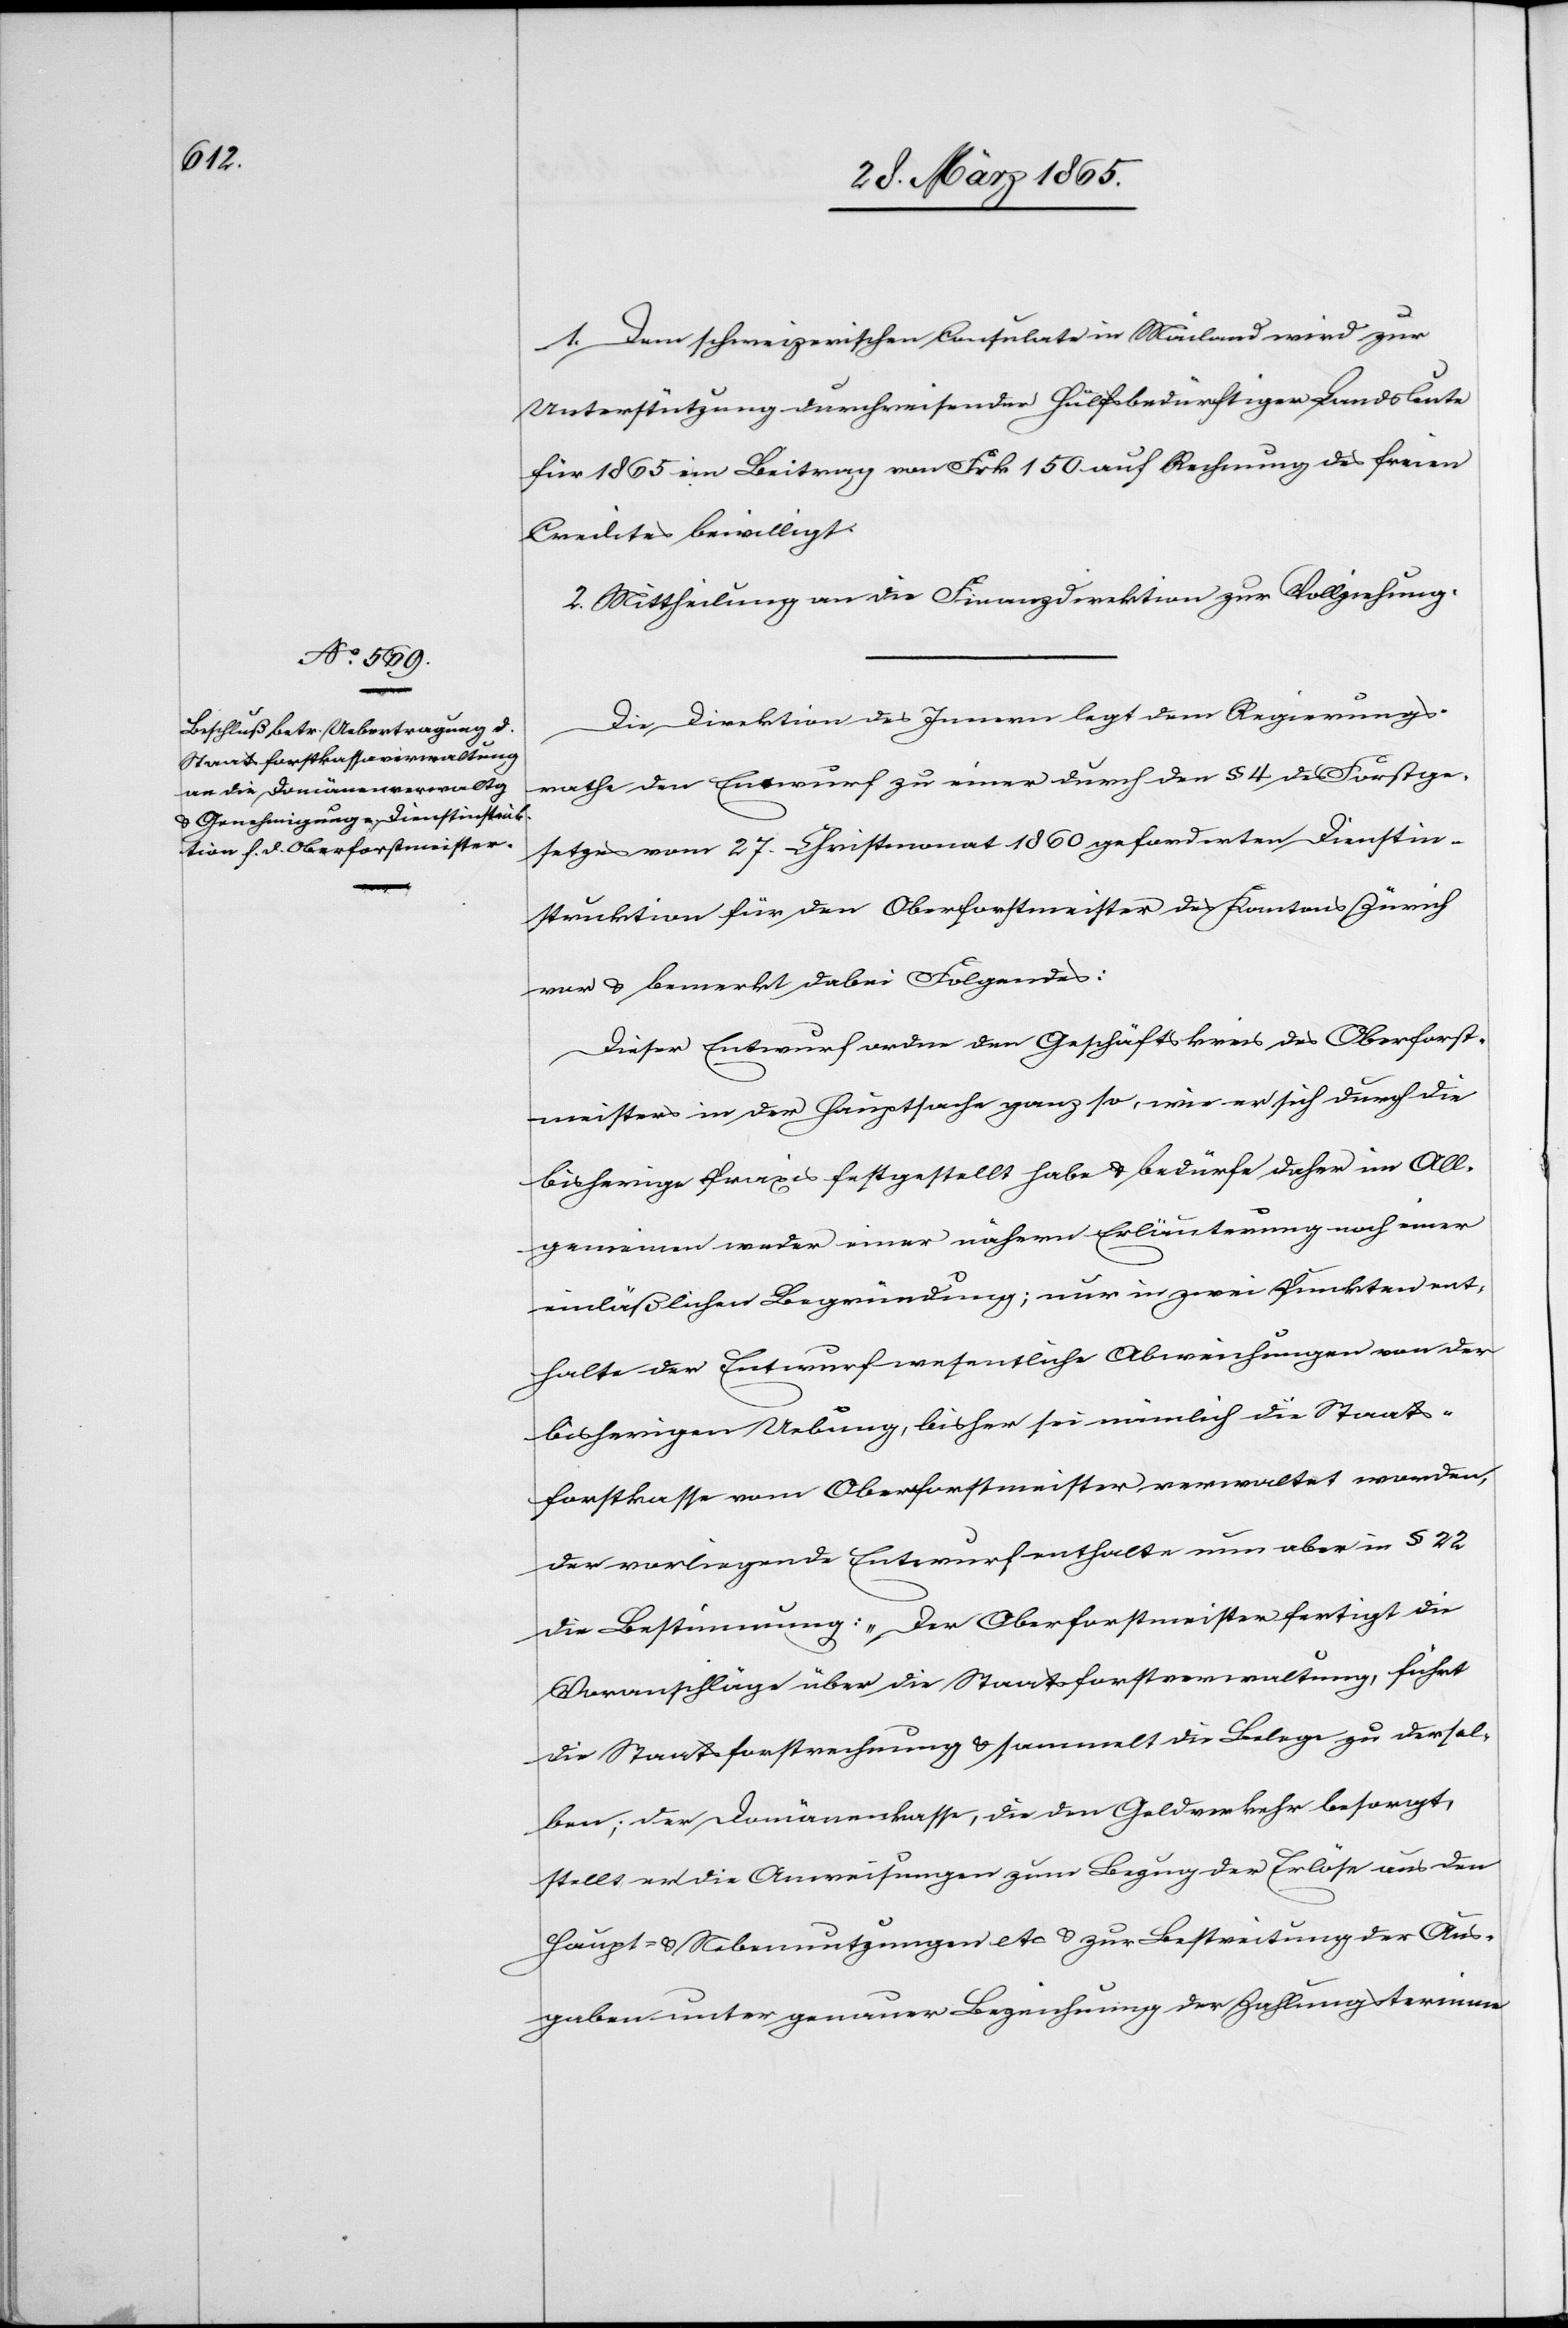
1. Dem schweizerischen Consulate in Mailand wird zur
Unterstützung durchreisender Hülfsbedürftiger Landsleute
für 1865 ein Beitrag von Frk 150 auf Rechnung des freien
Credites bewilligt.
2. Mittheilung an die Finanzdirektion zur Vollziehung.
Die Direktion des Innern legt dem Regierungs¬
rathe den Entwurf zu einer durch den § 4 des Forstge¬
setzes vom 27. Christmonat 1860 geforderten Dienstin¬
struktion für den Oberforstmeister des Kantons Zürich
vor & bemerkt dabei Folgendes:
Dieser Entwurf ordne den Geschäftskreis des Oberforst¬
meisters in der Hauptsache ganz so, wie er sich durch die
bisherige Praxis festgestellt habe & bedürfe daher im All¬
gemeinen weder einer nähern Erläuterung noch einer
einläßlichen Begründung; nur in zwei Punkten ent¬
halte der Entwurf wesentliche Abweichungen von der
bisherigen Uebung, bisher sei nämlich die Staats¬
forstkasse vom Oberforstmeister verwaltet worden,
der vorliegende Entwurf enthalte nun aber in § 22
die Bestimmung: „Der Oberforstmeister fertigt die
Voranschläge über die Staatsforstverwaltung, führt
die Staatsforstrechnung & sammelt die Belege zu dersel¬
ben; der Domänenkasse, die den Geldverkehr besorgt,
stellt er die Anweisungen zum Bezug der Erlöse aus den
Haupt- & Nebennutzungen etc & zur Bestreitung der Aus¬
gaben unter genauer Bezeichnung der Zahlungstermine